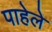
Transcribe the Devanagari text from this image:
पाहेले